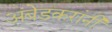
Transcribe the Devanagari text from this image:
अंबेडकरांनी